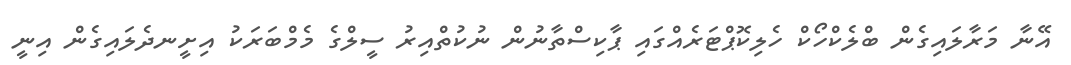
އޭނާ މަރާލައިގެން ބްލެކްހޯކް ހެލިކޮޕްޓަރެއްގައި ޕާކިސްތާނުން ނުކުތްއިރު ސީލްގެ މެމްބަރަކު އިށީނދެލައިގެން އިނީ